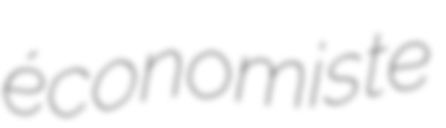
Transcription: économiste